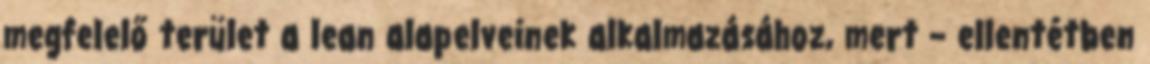
megfelelő terület a lean alapelveinek alkalmazásához, mert – ellentétben